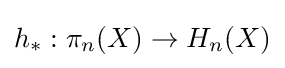
h_{*}:\pi _{n}(X)\to H_{n}(X)